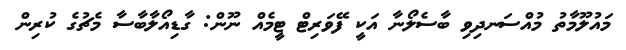
މައުލޫމާތު މުއްސަނދިވި ބާސެލޯނާ އަކީ ފޭވަރިޓް ޓީމެއް ނޫން: ގާޑިއޯލާބާސާ މެޗުގެ ކުރިން